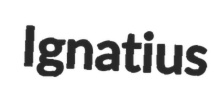
Ignatius